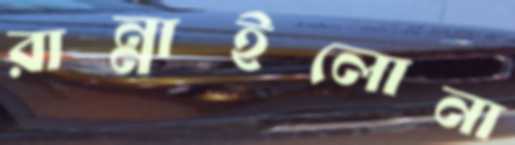
রান্নাইলোনা